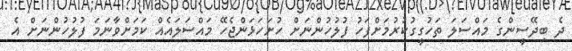
ދެ ބިދޭސީންގެ މައްސަލަ ތަހުގީގުކުރުމަށްފަހު ފުލުހުންނަށް ހުށަހަޅަންޖެހޭ މައްސަލައެއް ކަމަށްވާނަމަ ފުލުހުންނަށް އެ